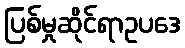
ပြစ်မှုဆိုင်ရာဥပဒေ